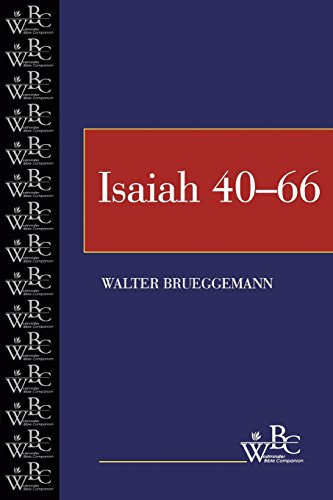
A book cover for Isaiah (Westminster Bible Companion) (Volume 2, Chapters 40-66); Walter Brueggemann; Christian Books & Bibles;